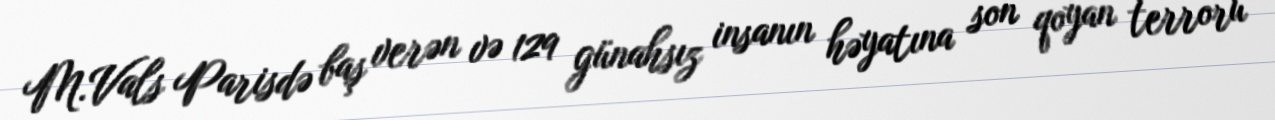
M.Vals Parisdə baş verən və 129 günahsız insanın həyatına son qoyan terroru